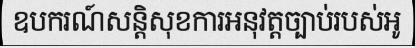
ឧបករណ៍សន្តិសុខការអនុវត្តច្បាប់របស់អូ